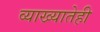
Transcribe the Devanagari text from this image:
व्याख्यातेही